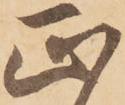
正